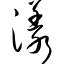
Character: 漾